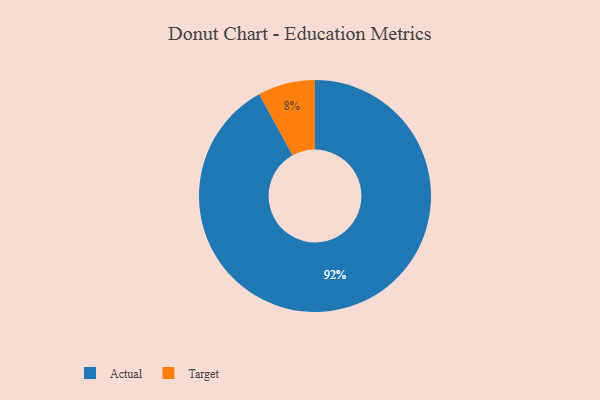
{"axis": {"x": "Category", "y": "Percentage"}, "legend": ["Actual", "Target"], "data": [{"x": "Actual", "y": 92, "type": "Actual"}, {"x": "Target", "y": 8, "type": "Target"}]}